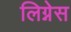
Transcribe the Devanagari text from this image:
लिग्नेस